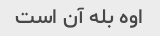
اوه بله آن است